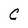
Character: C